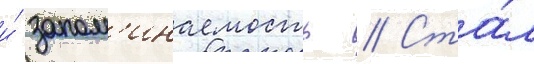
и́ запом'инаемость // Ста́л